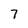
Character: 7